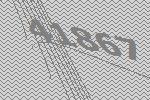
41867